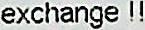
EXCHANGE !!